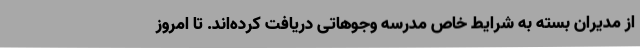
از مدیران بسته به شرایط خاص مدرسه وجوهاتی دریافت کرده‌اند. تا امروز